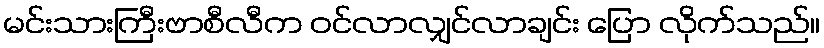
မင်းသားကြီးဗာစီလီက ဝင်လာလျှင်လာချင်း ပြော လိုက်သည်။